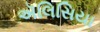
ઍલિસિયા